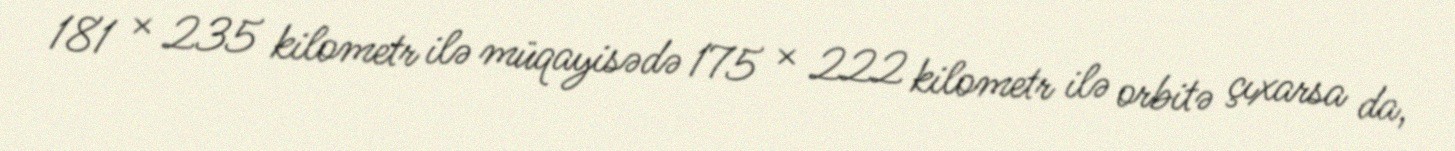
181 × 235 kilometr ilə müqayisədə 175 × 222 kilometr ilə orbitə çıxarsa da,